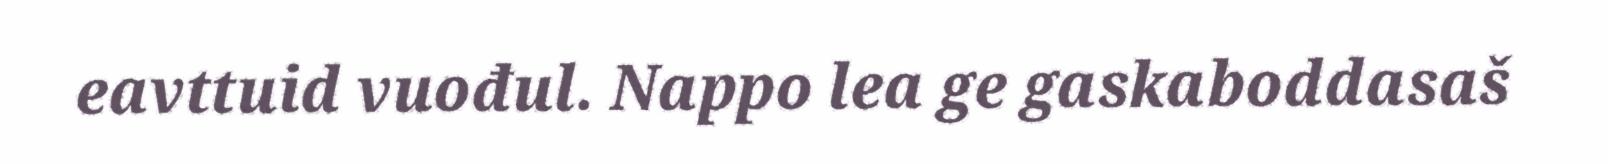
eavttuid vuođul. Nappo lea ge gaskaboddasaš